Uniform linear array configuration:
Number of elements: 16
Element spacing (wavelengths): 0.5
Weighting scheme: blackman
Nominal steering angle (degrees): -15
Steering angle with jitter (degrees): -14.564
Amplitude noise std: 0.05
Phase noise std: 0.05

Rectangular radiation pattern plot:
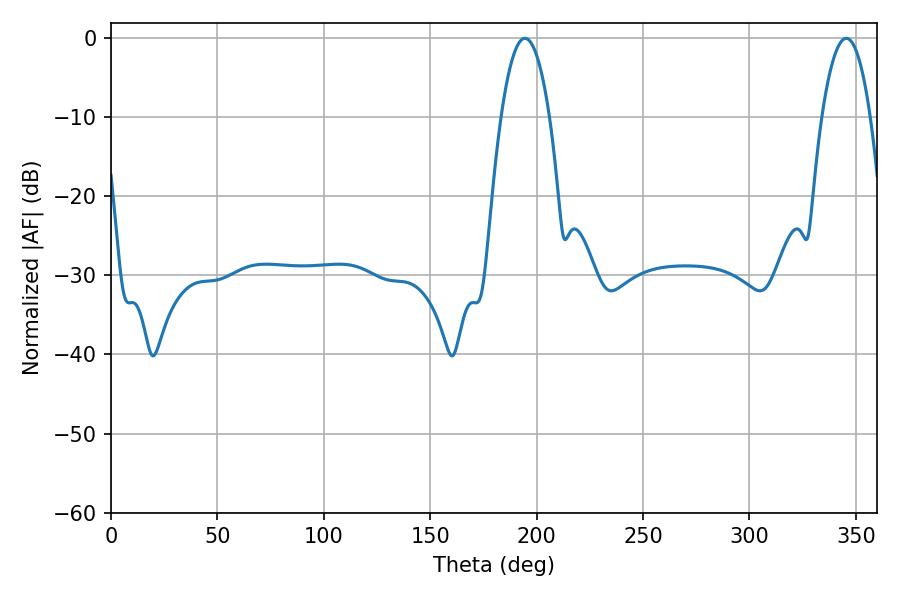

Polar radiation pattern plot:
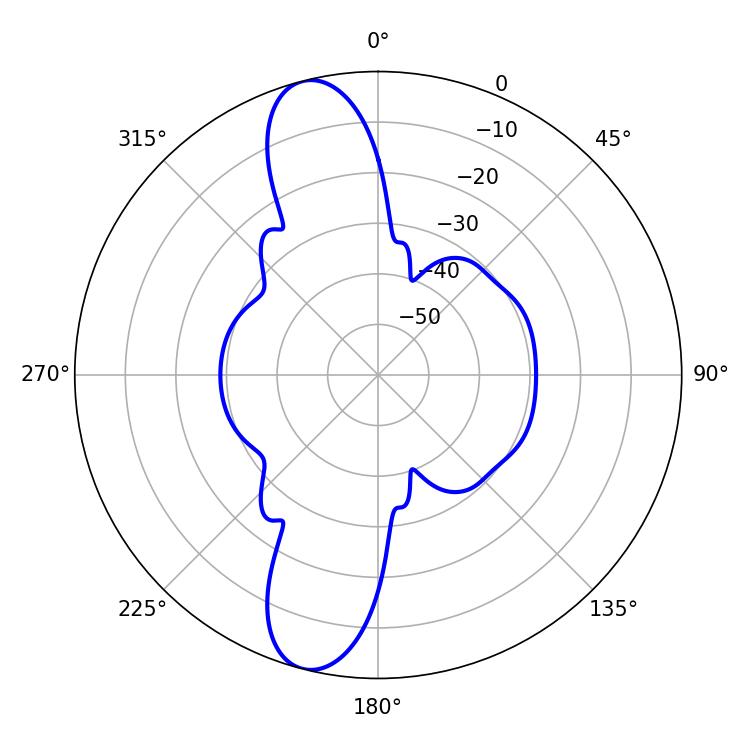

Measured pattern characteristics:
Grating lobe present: FALSE
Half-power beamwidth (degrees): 12.6
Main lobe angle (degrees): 194.58